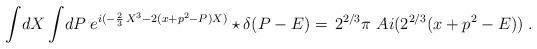
LaTeX: \begin{align*}\int \!dX\int \!dP\;e^{i(-\frac{2}{3}\,X^{3}-2(x+p^{2}-P)X)}\star \delta (P-E)=\,2^{2/3}\pi \,\,Ai(2^{2/3}(x+p^{2}-E))\;.\end{align*}